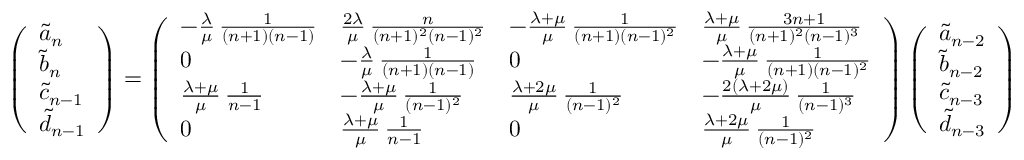
\left( \begin{array} { l } { \widetilde a _ { n } } \\ { \widetilde b _ { n } } \\ { \widetilde c _ { n - 1 } } \\ { \widetilde d _ { n - 1 } } \end{array} \right) = \left( \begin{array} { l l l l } { - \frac { \lambda } { \mu } \, \frac { 1 } { ( n + 1 ) ( n - 1 ) } } & { \frac { 2 \lambda } { \mu } \, \frac { n } { ( n + 1 ) ^ { 2 } ( n - 1 ) ^ { 2 } } } & { - \frac { \lambda + \mu } { \mu } \, \frac { 1 } { ( n + 1 ) ( n - 1 ) ^ { 2 } } } & { \frac { \lambda + \mu } { \mu } \, \frac { 3 n + 1 } { ( n + 1 ) ^ { 2 } ( n - 1 ) ^ { 3 } } } \\ { 0 } & { - \frac { \lambda } { \mu } \, \frac { 1 } { ( n + 1 ) ( n - 1 ) } } & { 0 } & { - \frac { \lambda + \mu } { \mu } \, \frac { 1 } { ( n + 1 ) ( n - 1 ) ^ { 2 } } } \\ { \frac { \lambda + \mu } { \mu } \, \frac { 1 } { n - 1 } } & { - \frac { \lambda + \mu } { \mu } \, \frac { 1 } { ( n - 1 ) ^ { 2 } } } & { \frac { \lambda + 2 \mu } { \mu } \, \frac { 1 } { ( n - 1 ) ^ { 2 } } } & { - \frac { 2 ( \lambda + 2 \mu ) } { \mu } \, \frac { 1 } { ( n - 1 ) ^ { 3 } } } \\ { 0 } & { \frac { \lambda + \mu } { \mu } \, \frac { 1 } { n - 1 } } & { 0 } & { \frac { \lambda + 2 \mu } { \mu } \, \frac { 1 } { ( n - 1 ) ^ { 2 } } } \end{array} \right) \left( \begin{array} { l } { \widetilde a _ { n - 2 } } \\ { \widetilde b _ { n - 2 } } \\ { \widetilde c _ { n - 3 } } \\ { \widetilde d _ { n - 3 } } \end{array} \right)